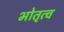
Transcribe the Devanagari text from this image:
भोतृत्व